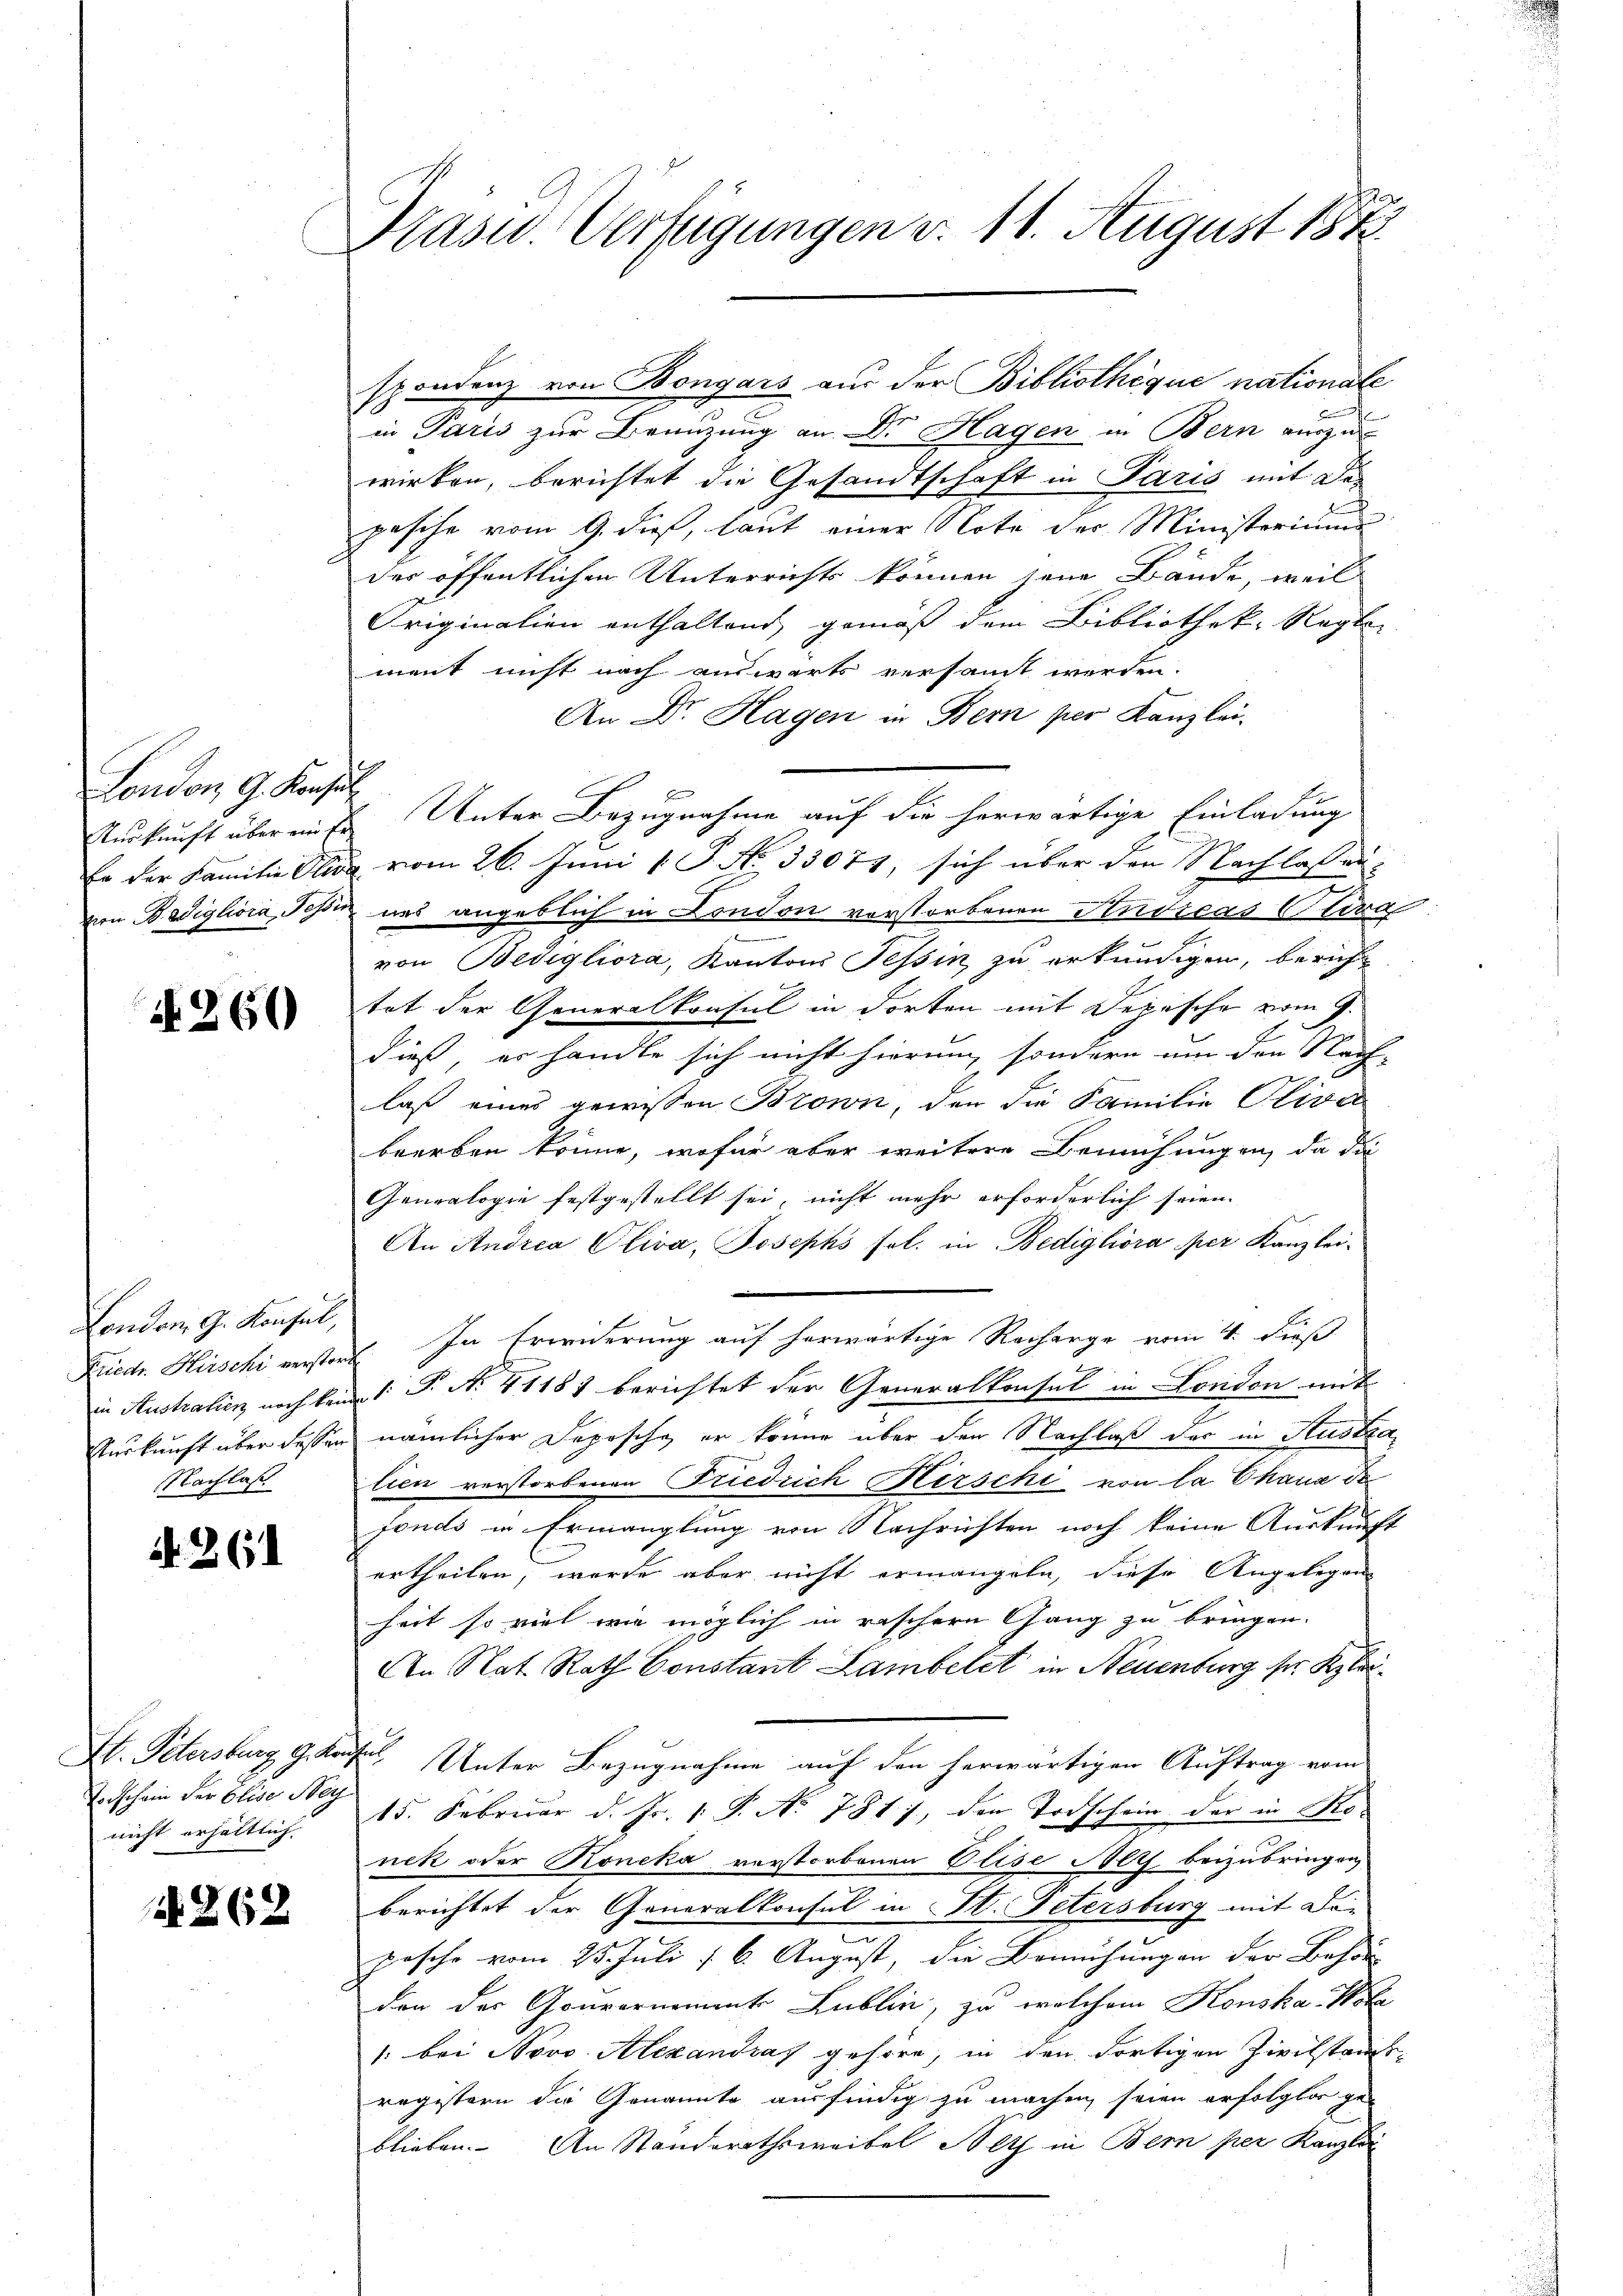
London G. Konsul

N 260

London, G. Konsul,
Nachlas

if. 261

in Paris zur Beanzung an Dr. Hagen in Bern auszu
wirken, berichtet die Gesandtschaft in Paris mit des
pesche vom 9. dieß, laut einer Note der Ministerium
der öffentlichen Unterrichts können jene Bände, weil
Originalien enthaltend gemäß dem Bibliothek-Regler
ment nicht nach auswärts versammt werden.
An Dr. Hagen in Bern per Kanzlei-
E
Auskunft über einer Unter Bezugnahme auf die herwärtige Einladung
ba der Familie Elisa vom 26. Juni 1 P. No. 33073, sich über den Nachlassenvon Bedigliora, Tessin uns angeblich in London verstorbenen Andreas Cora
von Bedigliora, Kantons Tessin zu erkundigen, berich
tat der Generalkonsul in dorten mit Depesche vom 9.
dieß, er handle sich nicht hierum, sondern um den Nach-
laß eines gewissen Brown, den die Familie Oliva
brerben könne, wofür aber weitere Bemühungen, da di
Genealogie festgestellt sei, nicht mehr erforderlich seien
An Andrea Oliva, Josephs fol. in Bedigliora per Kanzlei-
Friedr. Hirschi verstorf. In Erwiderung auf herwärtige Recharge vom 4. dieß
in Australien noch kein 1 S. N. 41187 berichtet der Generalkonsul in London mit
Auskunft über dessen nämlicher Depesche er könne über den Nachlaß der in Austra
lien verstorbenen Friedrich Hirschi von la Chaux de
fonds in Ermanglung von Nachrichten noch keine Auskunft
ertheilen, werde aber nicht ermangeln, diese Angelegen
heit so viel wie möglich in raschern Gang zu bringen.
An Nat. Rath Constant Lambelet in Neuenburg ser Klei¬
St. Petersburg G. Kauf. Unter Bezugnahme auf den herwärtigen Auftrag vom
15. Februar d. Js. 1. P. No. 787), den Todschein der in Mo-
nek oder Koneka verstorbenen Elise Alts beizubringen
berichtet der Generalkonsul in St. Petersburg mit De-
pasche vom 25. Juli 16. August, die Bemühungen der Behör
den der Gouvernament Lublin, zu welchem Konska Kot
1: bei Novo Alexandras gehöre, in den dortigen Zivilstands
registern die Genannte ausfindig zu machen, seien erfolglos ge-
blieben. An Ständerathsweibel Netz in Bern per Kanzlei

Vorschein der Elise Ney
nicht erhältlich.

A. 262

Prasw. Verfügungen d. 11. August 1878

spondenz von Bongars aus der Bibliothèque nationale